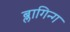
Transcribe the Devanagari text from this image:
ब्लागिन्ग